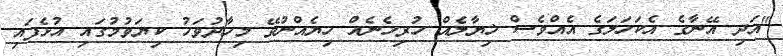
"އަދި އޭނާގެ އެކަހަލަގެ އެއްވެސް ޚިޔާލެއް ހުރިހެނެއް ހިޔެއްނުވޭ މިހާދުވަހު ކިޔަވުމުގައި އުޅެފައި